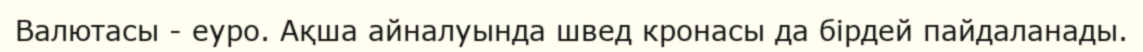
Валютасы - еуро. Ақша айналуында швед кронасы да бірдей пайдаланады.